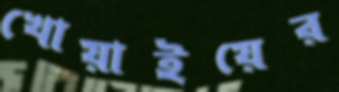
খোয়াইয়ের